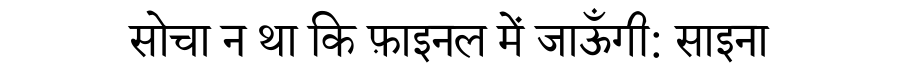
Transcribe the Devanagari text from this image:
सोचा न था कि फ़ाइनल में जाऊँगी: साइना